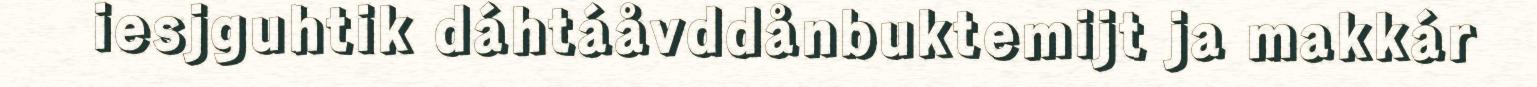
iesjguhtik dáhtáåvddånbuktemijt ja makkár